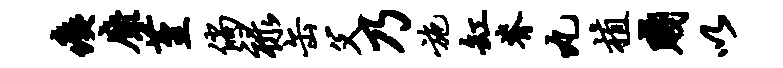
痍靡堇倘禄缶父乃施缸脊丸植贱以